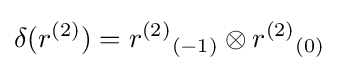
\delta (r^{(2)})=r^{(2)}{}_{(-1)}\otimes r^{(2)}{}_{(0)}